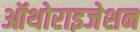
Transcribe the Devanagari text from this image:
ऑथोराइजेशन